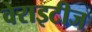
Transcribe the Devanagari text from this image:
वेराइटीज